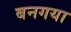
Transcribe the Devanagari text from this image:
बनगया